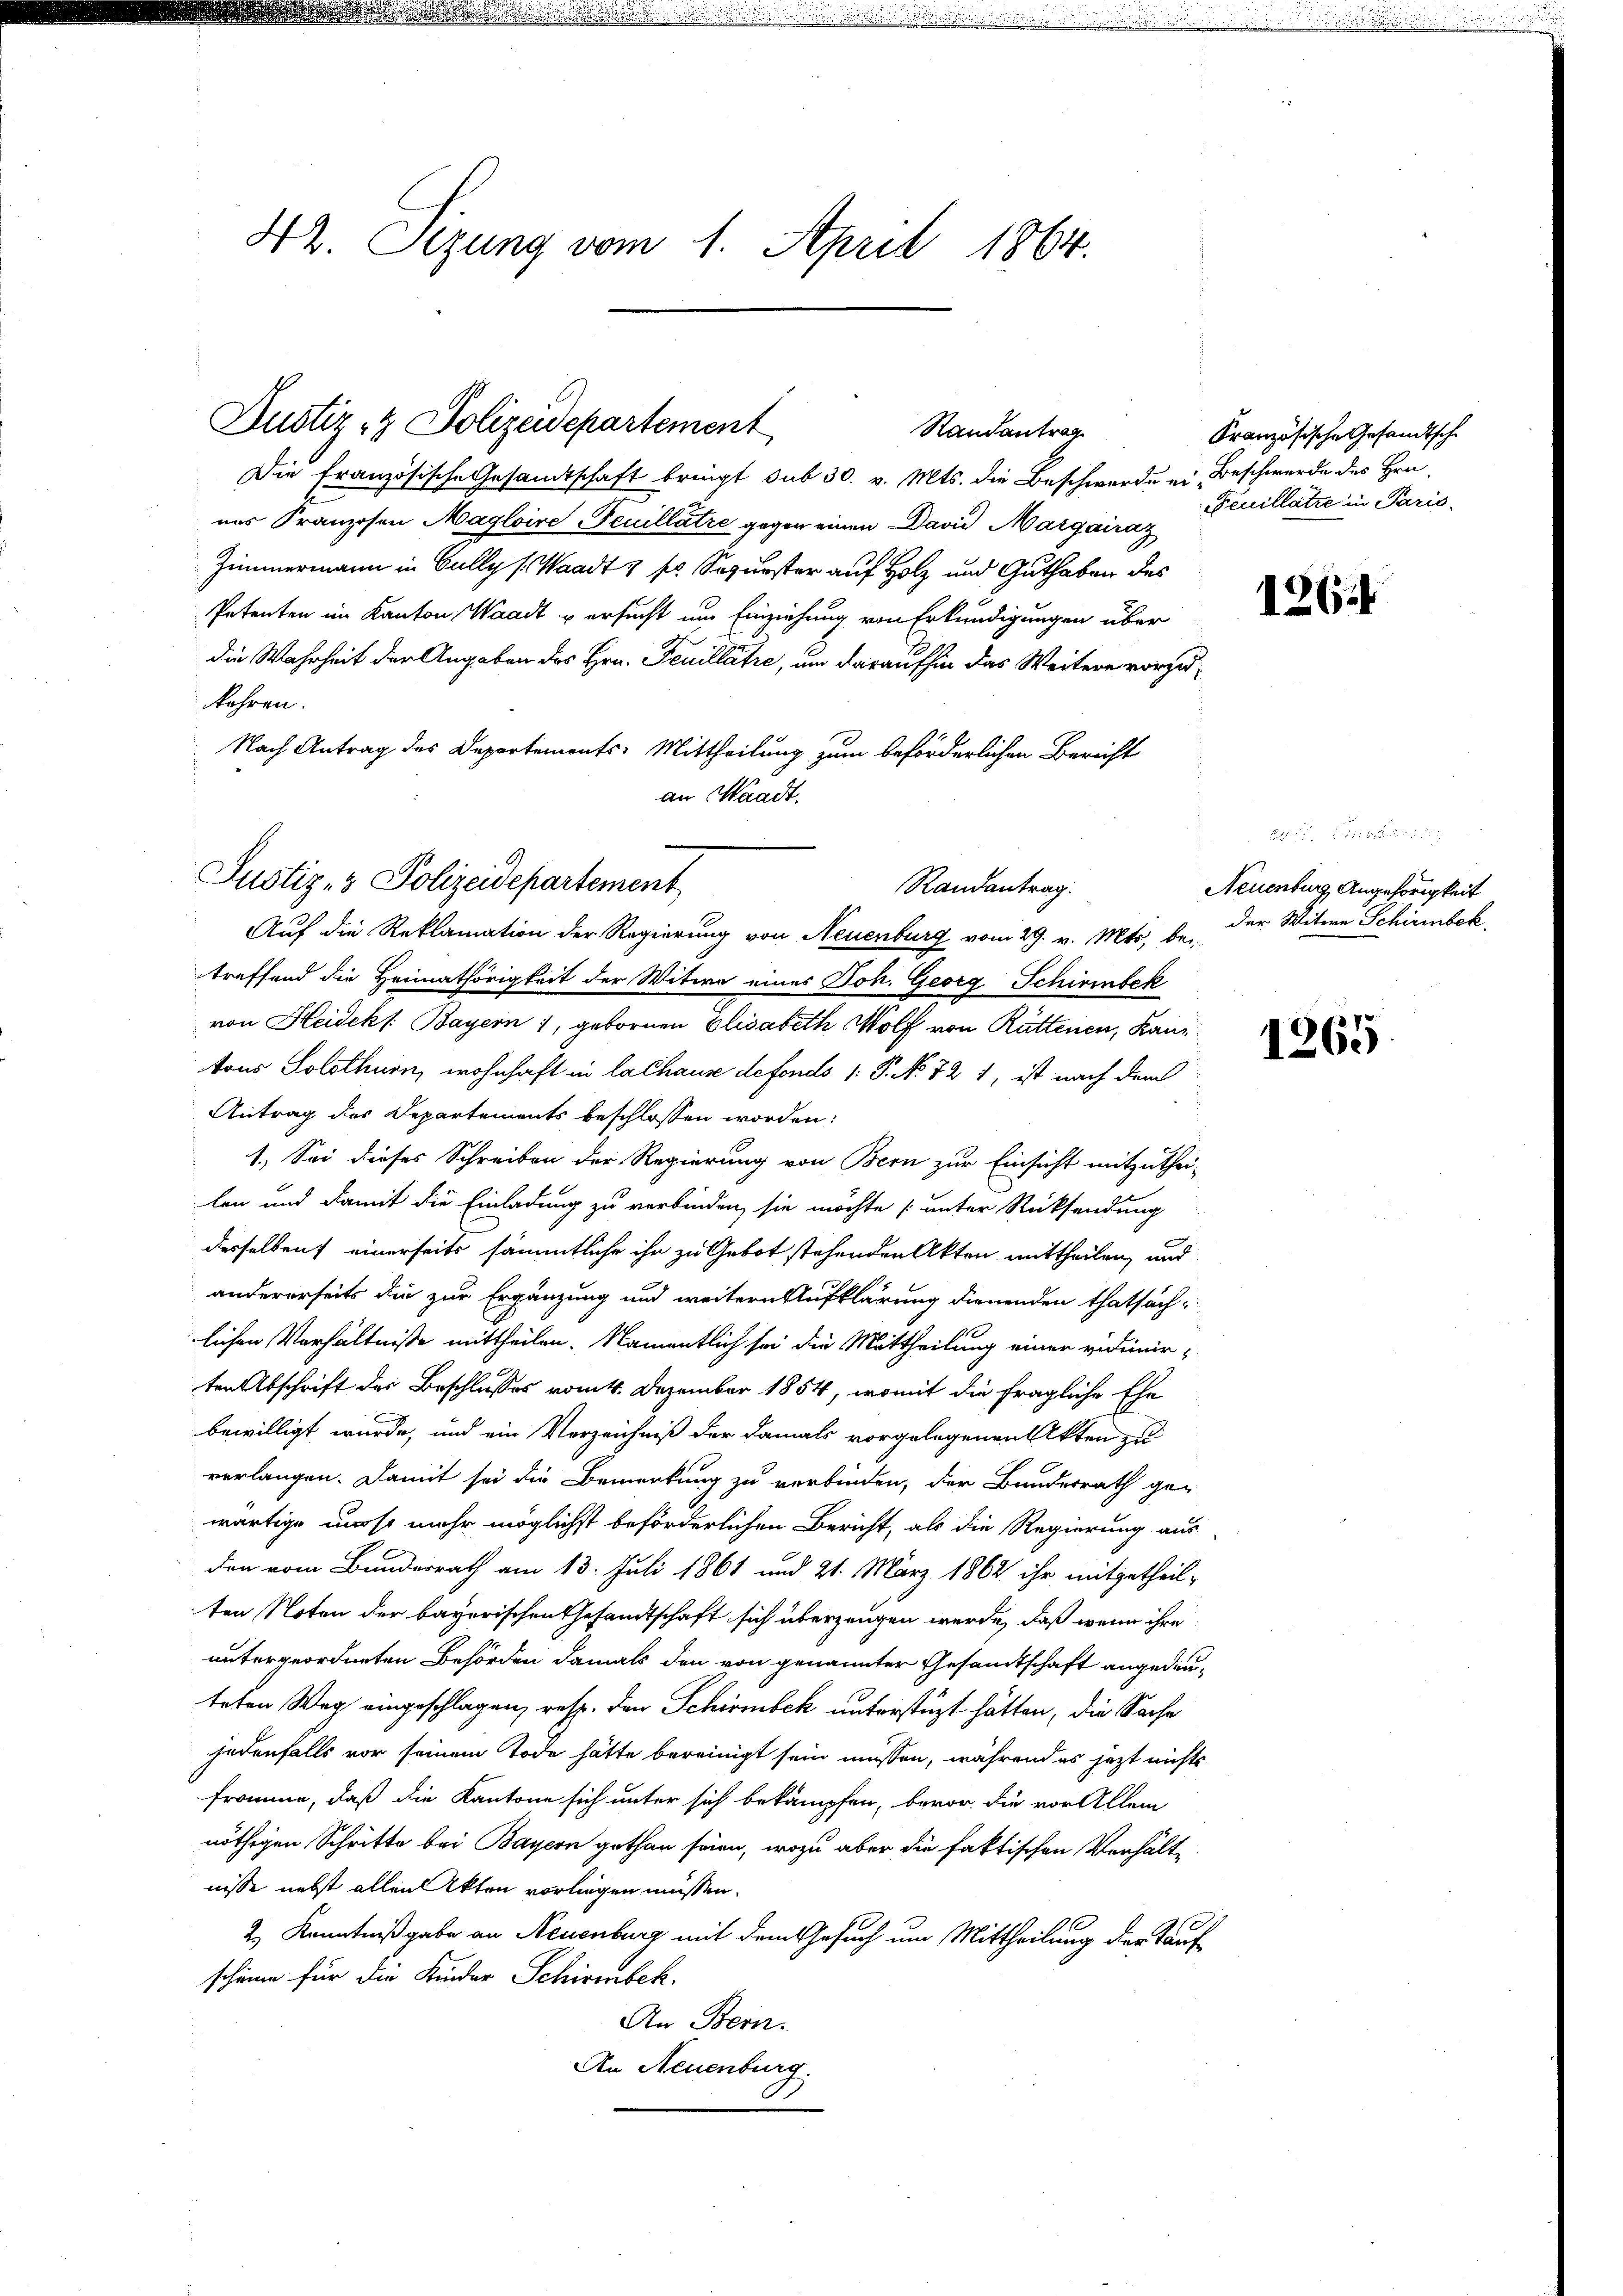
42. Sizung vom 1. April 1864.

Die französische Gesandtschaft bringt sub 30. v. Mts. die Beschwerde ein Beschwerde des Hrn.
nes Franzosen Maglaire Feuillatre gegen einen David Margairaz
Zimmermann in Gully (Waadt & sr. Sopurster auf Holz und Guthaben des
Petenten im Kanton Waadt u ersucht um Einziehung von Erkundigungen über
die Wahrheit der Angaben des Hrn. Feuillatie, um daraufhin das Weitere vorzukehren.
Nach Antrag des Departements-Mittheilung zum beförderlichen Bericht
an Waadt.

Dustiz- & Polizeidepartement
Randantrag

Justiz- & Polizeidepartement
Randantrag.
Auf die Reklamation der Regierung von Neuenburg vom 29. v. Mts. bei

treffend die Heimathörigkeit der Witwe eines Joh. Georg Schirinbek
von Heideks. Bayern 1, gebornen Elisabeth Wolf von Rüttenen, Kanz
tons Solothurn, wohnhaft in lachause defonds /: P. No 72 1, ist nach dem
Antrag des Departements beschlossen worden:
1.) Sei dieses Schreiben der Regierung von Bern zur Einsicht mitzuthei-
len und damit die Einladung zu verbinden, sie möchte (unter Rücksendung
desselben einerseits sämmtliche ihr zu Gebot stehenden Akten mittheilen, und
andererseits die zur Ergänzung und weitern Aufklärung dienenden thatsächlichen Verhältnisse mittheilen. Namentlich sei die Mittheilung einer vidimirten Abschrift des Beschlusses vom 4. Dezember 1854, womit die fragliche Ehe
bewilligt wurde, und ein Verzeichniß der damals vorgelegenen Akten zu
verlangen. Damit sei die Bemerkung zu verbinden, der Bauderrath gewärtige murst mehr möglichst beförderlichen Bericht, als die Regierung aus
den vom Bundesrath am 13. Juli 1861 und 21. März 1862 ihr mitgetheil-
ten Noten der bayerischen Gesandtschaft sich überzeugen werde, daß wenn ihre
untergeordneten Behörden damals den von genannter Gesandtschaft angedeuteten Weg eingeschlagen, resp. den Schirmbek unterstüzt hätten, die Sache
jedenfalls vor seinem Tode hätte bereinigt sein müssen, während es jezt nichts
fromme, daß die Kantone sich unter sich bekämpfen, bevor die vor Allem
nöthigen Schritte bei Bayern gethan seien, wozu aber die faktischen Verhältnisse nebst allein Akten vorliegen müssen.
2.) Kenntnißgabe an Neuenburg mit dem Gesuch um Mittheilung der Tauf
scheine für die Kinder Schirmbeck.
An Bern.
An Neuenburg.

Französische Gesandtsche
Feuillatie in Paris.

126.

Neuenburg Angehörigkeit
der Witwe Schirmbeck.

1265.